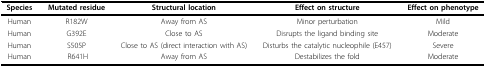
<table><thead><tr><td><b>Species</b></td><td><b>Mutated residue</b></td><td><b>Structural location</b></td><td><b>Effect on structure</b></td><td><b>Effect on phenotype</b></td></tr></thead><tbody><tr><td>Human</td><td>R182W</td><td>Away from AS</td><td>Minor perturbation</td><td>Mild</td></tr><tr><td>Human</td><td>G392E</td><td>Close to AS</td><td>Disrupts the ligand binding site</td><td>Moderate</td></tr><tr><td>Human</td><td>S505P</td><td>Close to AS (direct interaction with AS)</td><td>Disturbs the catalytic nucleophile (E457)</td><td>Severe</td></tr><tr><td>Human</td><td> R641H</td><td>Away from AS</td><td>Destabilizes the fold</td><td>Moderate</td></tr></tbody></table>